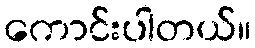
ကောင်းပါတယ်။